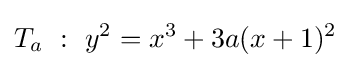
T_{a}\ :\ y^{2}=x^{3}+3a(x+1)^{2}